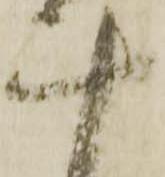
十